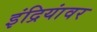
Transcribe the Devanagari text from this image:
इंद्रियांवर